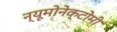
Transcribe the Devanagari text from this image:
न्यूमोनेक्टोमी